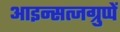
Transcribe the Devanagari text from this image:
आइन्सत्जग्रुप्पें